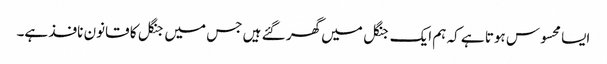
ایسا محسوس ہوتا ہے کہ ہم ایک جنگل میں گھر گئے ہیں جس میں جنگل کا قانون نافذ ہے۔